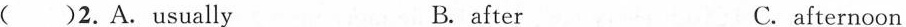
( )2.A.usually B. after C. afternoon